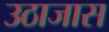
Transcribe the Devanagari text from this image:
उठाजास